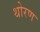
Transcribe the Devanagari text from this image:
थोरण